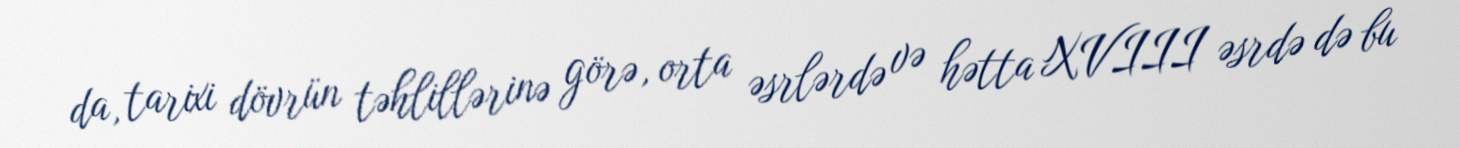
da, tarixi dövrün təhlillərinə görə, orta əsrlərdə və hətta XVIII əsrdə də bu